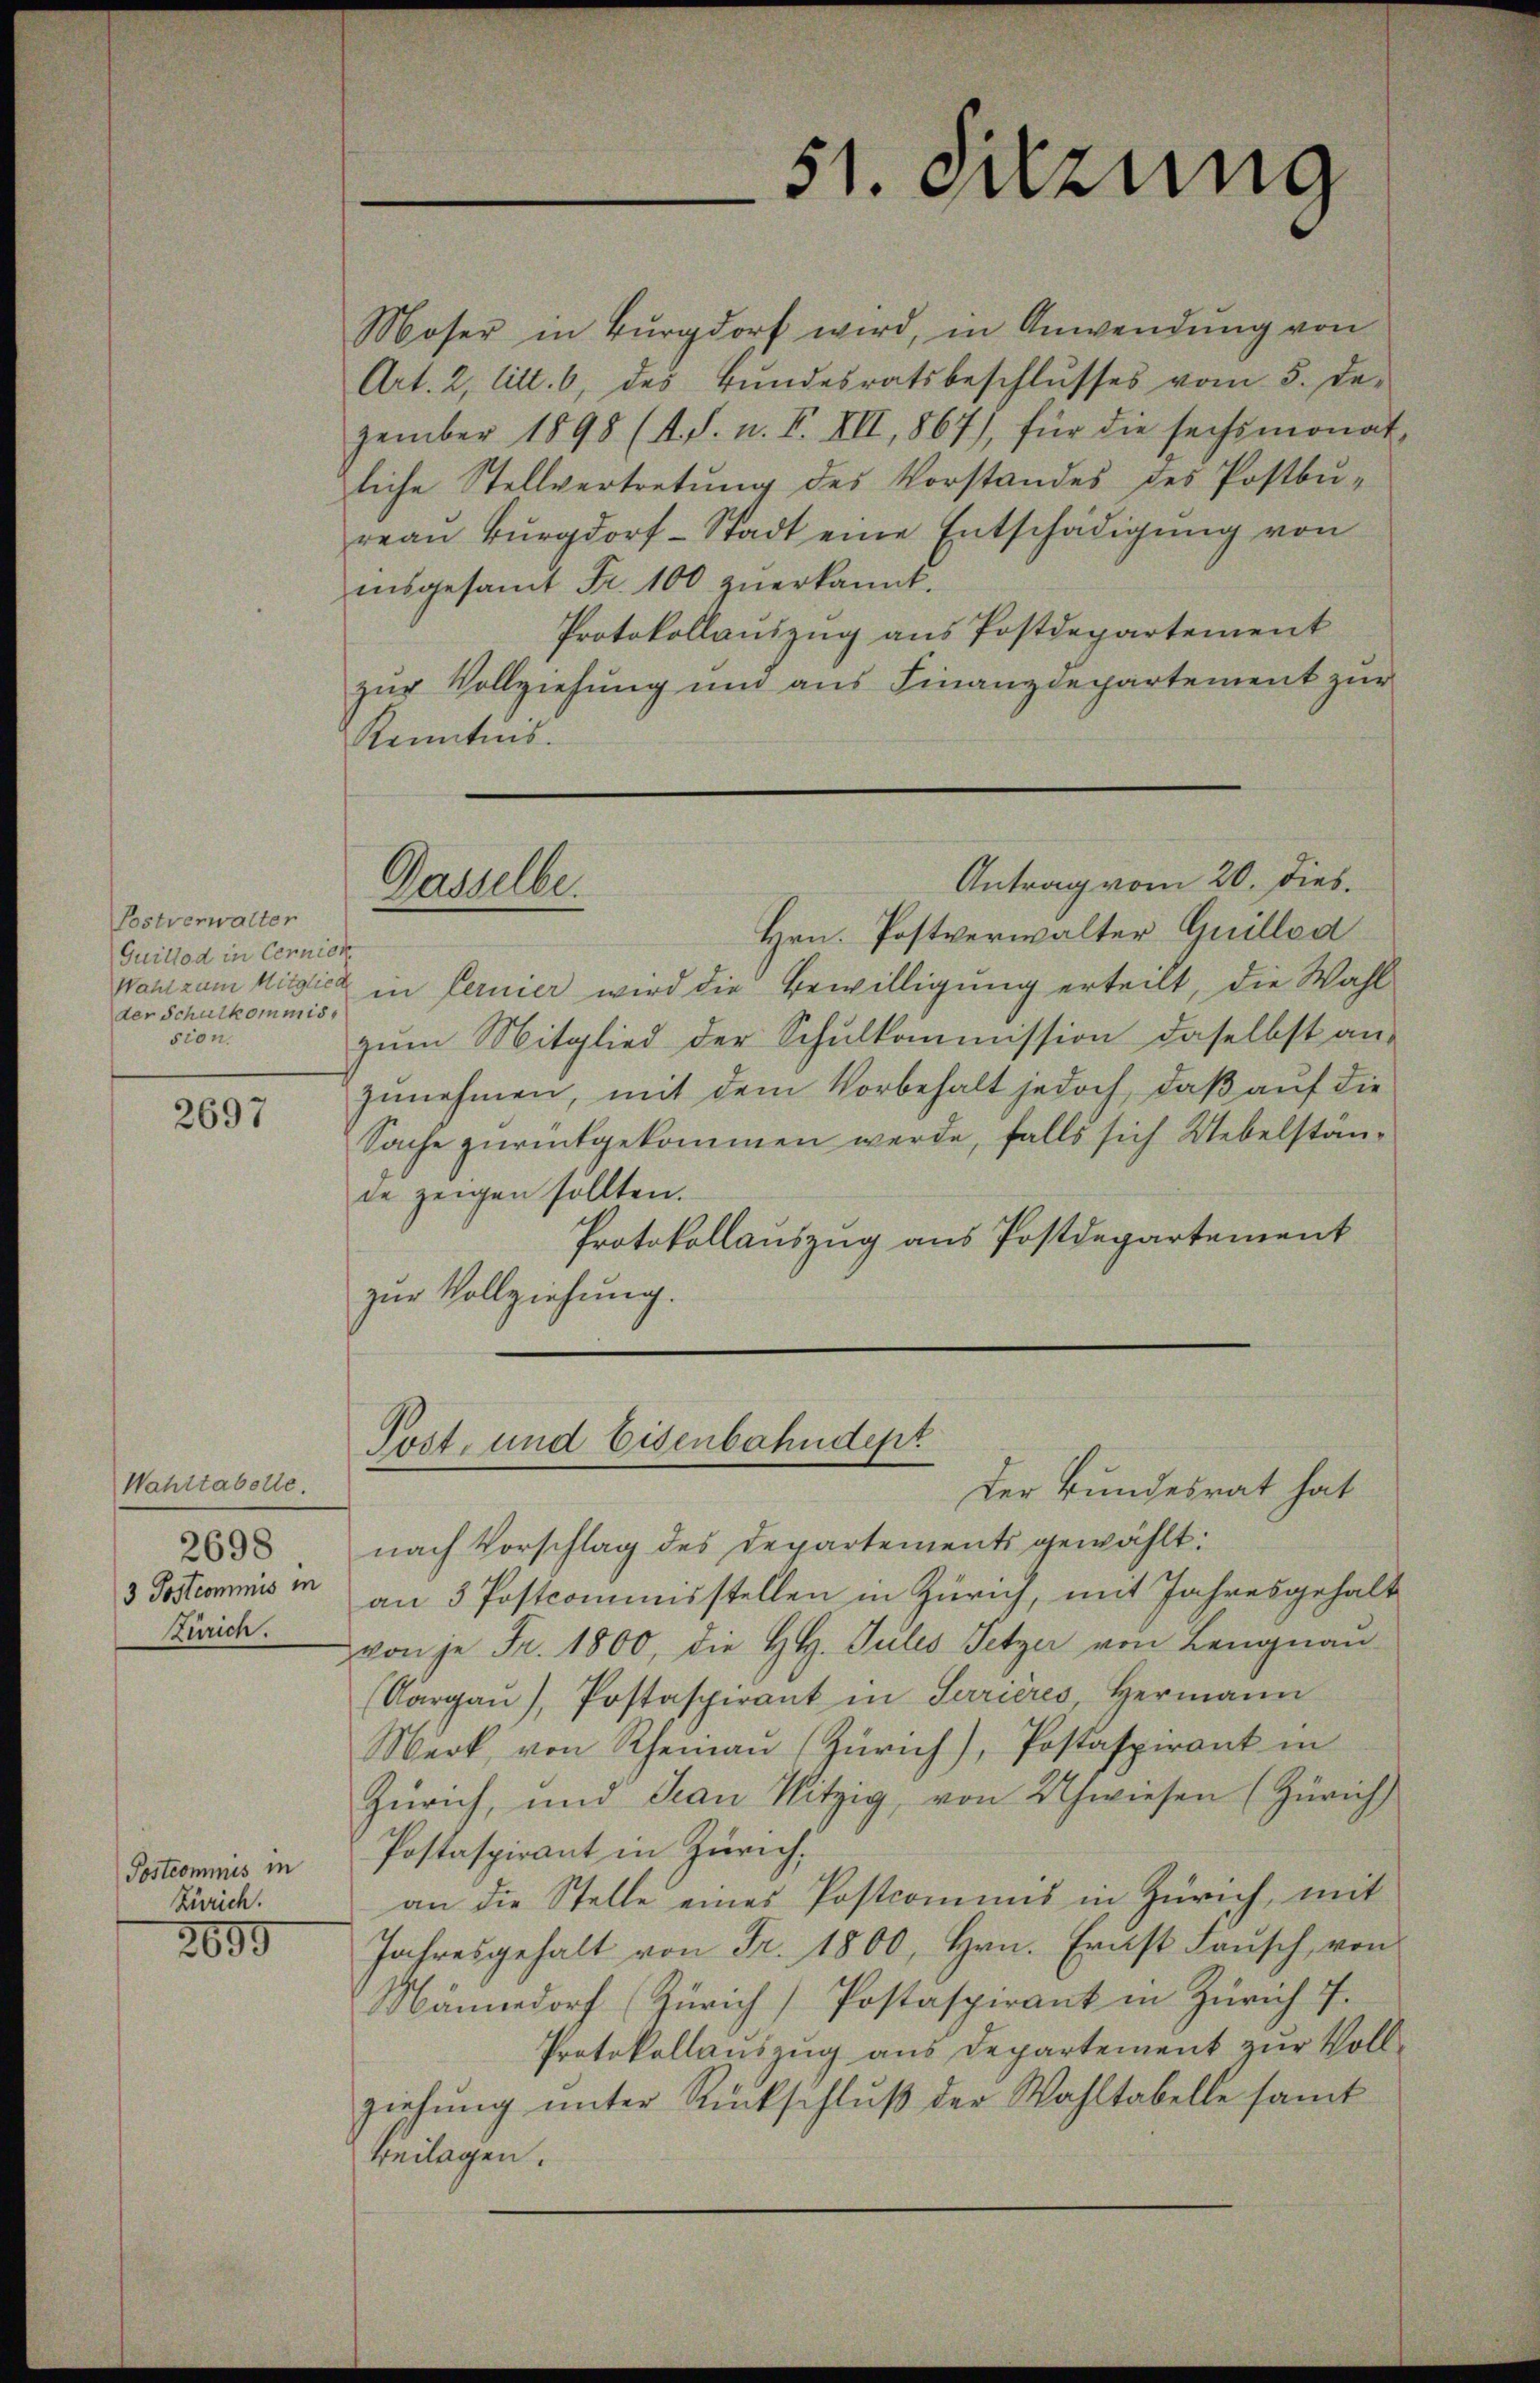
Postverwalter
Guillod in Cernier
der Schulkommiss
sion.

2697

Wahitabelle.
2698
3 Postcommis in
Zürich.

Postcommis in
Zürich.

2690

Moser in Burgdorf wird, in Anwendung von
Art. 2, litt. 6, des Bŭndesratsbeschlŭsses vom 5. De-
zember 1898 (s. S. n. F. VII, 867), für die sechsmonat
liche Stellvertretŭng des Vorstandes des Postbŭ-
reau Burgdorf-Stadt eine Entschädigŭng von
insgesamt Fr. 100 zuerkannt.
Protokollauszug aus Postdepartement
zŭr Vollziehŭng ŭm aŭs Finanzdepartement zŭr
Kenntnis.
Antrag vom 20. Dies
Gasselbe.
Hrn. Postverwalter Guilled
Wanizum Mitglich in fernier wird die Bewilligung erteilt, die Wahl
zum Mitglied der Schulkommission daselbst ans
zunehmen, mit dem Vorbehalt jedoch, daß auf die
Sache zurückgekommen werde, falls sich Uebelstände zeigen sollten.
Protokollauszug aus Postdepartement
zur Vollziehung.

Post- und Eisenbahndept

51. Szung

Der Bundesrat hat
nach Vorschlag des Departements gewählt:
an 3 Postcommisstellen in Zürich, mit Jahresgehalt
von je Fr. 1800, die H.H. Gutes Setzer von Lengnau
(Aargaŭ), Postaspirant in Terrières, Hermann
Werk, von Rheinau Zürich), Postaspirant in
Zürich, und Jean Nitzig, von Schwiesen (Zürich
Postaspirant in Zürich,
an die Stelle eines Postcomuns in Zürich, mit
Jahresgehalt von Fr. 1800, Hrn. Ernst Faŭsch von
Männedorf (Zürich Postaspirant in Zürich 7.
Protokollauszug aus Departement zur Vollziehŭng ŭnter Rückschlŭβ der Wahltabelle samt
Beilagen.